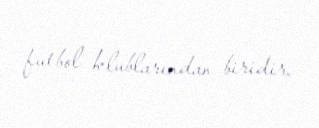
futbol klublarından biridir.